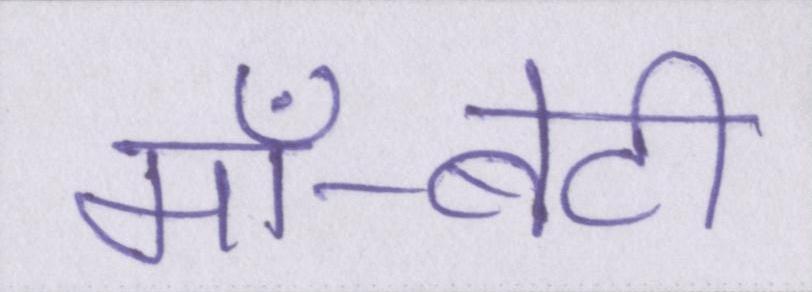
माँ-बेटी